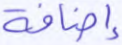
إضافة